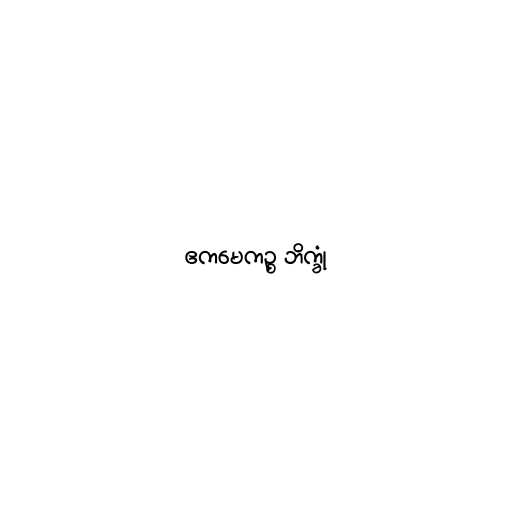
ဧကမေကဉ္စ ဘိက္ခုံ